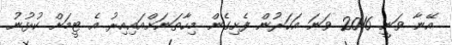
އޭނާ ވަނީ 2016 ވަނަ އަހަރުން ފެށިގެން މިހާތަނަށްއައިއިރު އެ ޓީމަށް ކުޅުނު